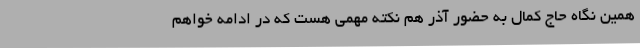
همین نگاه حاج کمال به حضور آذر هم نکته مهمی هست که در ادامه خواهم